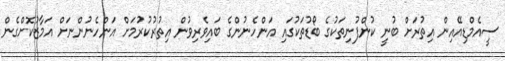
ސީއެމްޑިއޭއިން އިތުރަށް ބުނީ ކުންފުނިތަކުގެ ބޯޑުތަކުގައި އަންހެނުންގެ ބައިވެރިވުން އިތުރުކުރުމަށް އަންހެނުންނަށް އަމާޒުކޮށްގެން